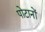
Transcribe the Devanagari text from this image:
पोटानों